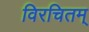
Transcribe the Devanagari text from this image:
विरचितम्